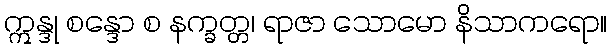
ဣန္ဒု စန္ဒော စ နက္ခတ္တ၊ ရာဇာ သောမော နိသာကရော။